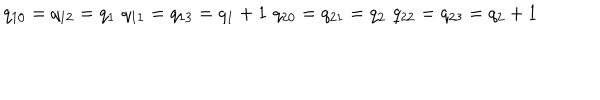
LaTeX: q _ { 1 0 } = q _ { 1 2 } = q _ { 1 } \, \, q _ { 1 1 } = q _ { 1 3 } = q _ { 1 } + 1 \, \, q _ { 2 0 } = q _ { 2 1 } = q _ { 2 } \, \, q _ { 2 2 } = q _ { 2 3 } = q _ { 2 } + 1